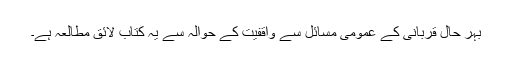
بہر حال قربانی کے عمومی مسائل سے واقفیت کے حوالہ سے یہ کتاب لائق مطالعہ ہے۔